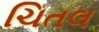
ચિતલ